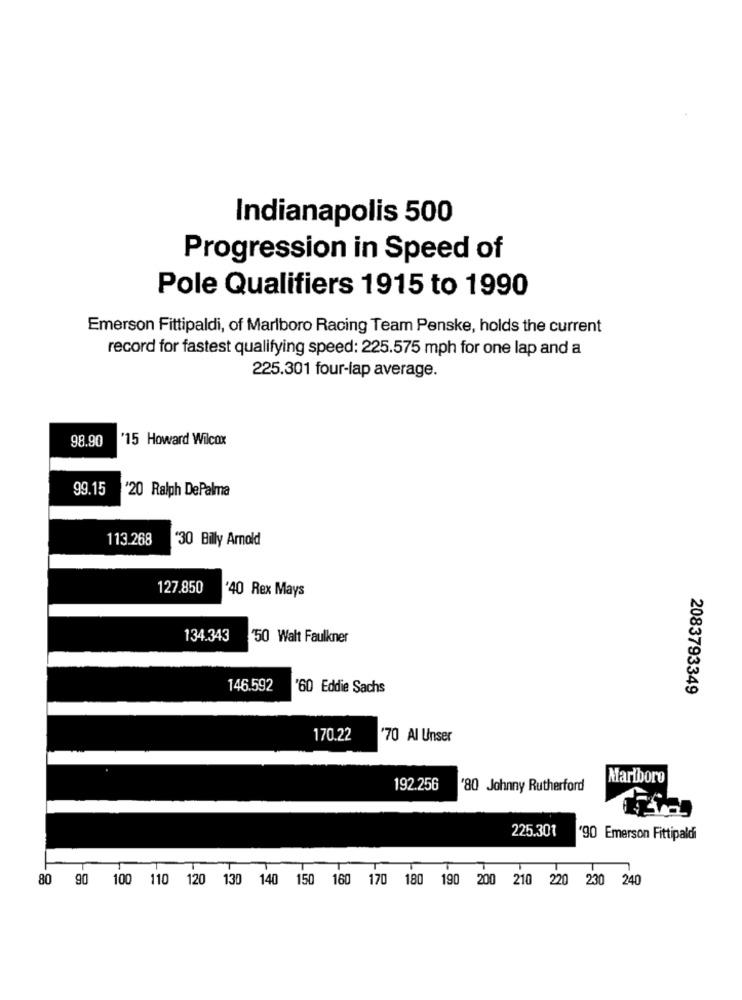
Indianapolis 500
Progression in Speed of
Pole Qualifiers 1915 to 1990
Emerson Fittipaldi, of Marlboro Racing Team Penske, holds the current
record for fastest qualifying speed: 225.575 mph for one lap and a
225.301 four-lap average.
98.90
'15 Howard Wilcox
99.15
'20 Ralph DePalma
113.268
'30 Billy Arnold
127.850
'40 Rex Mays
134.343
'50 Walt Faulkner
146.592
'60 Eddie Sachs
2083793349
170.22
70 Al Unser
Marlboro
192.256
'80 Johnny Rutherford
225.301
90 Emerson Fittipaldi
80 90 100 110 120 130 140 150 160 170 180 190 200 210 220 230 240